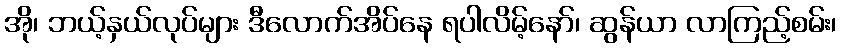
အို၊ ဘယ့်နှယ်လုပ်များ ဒီလောက်အိပ်နေ ရပါလိမ့်နော်၊ ဆွန်ယာ လာကြည့်စမ်း၊